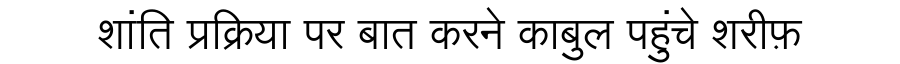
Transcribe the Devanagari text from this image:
शांति प्रक्रिया पर बात करने काबुल पहुंचे शरीफ़